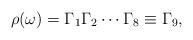
LaTeX: \begin{align*}\rho(\omega)=\Gamma_{1}\Gamma_{2}\cdots\Gamma_{8}\equiv\Gamma_{9},\end{align*}